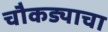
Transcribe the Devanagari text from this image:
चौकड्याचा